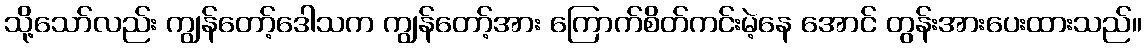
သို့သော်လည်း ကျွန်တော့်ဒေါသက ကျွန်တော့်အား ကြောက်စိတ်ကင်းမဲ့နေ အောင် တွန်းအားပေးထားသည်။